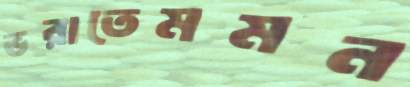
ভরাতেমমন